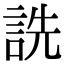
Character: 詵